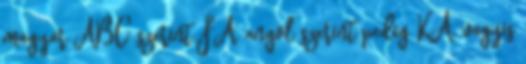
magyar ABC szerint FA, angol szerint pedig KA, vagyis